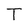
Character: T